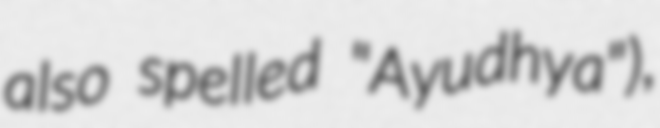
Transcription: also spelled "Ayudhya"),